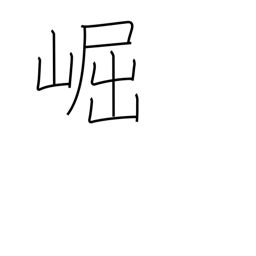
Meaning: high & lofty (mountains)